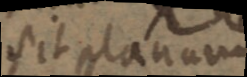
sit planum